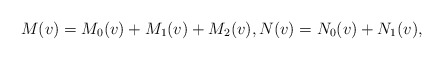
\begin{align*} M(v)=M_{0}(v)+M_{1}(v)+M_{2}(v),N(v)=N_{0}(v)+N_{1}(v),\end{align*}